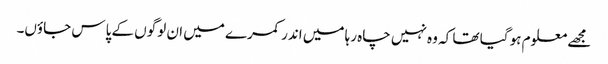
مجھے معلوم ہو گیا تھا کہ وہ نہیں چاہ رہا میں اندر کمرے میں ان لوگوں کے پاس جاؤں۔